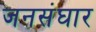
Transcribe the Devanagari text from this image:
जनसंघार